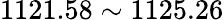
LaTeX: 1121.58\sim 1125.26